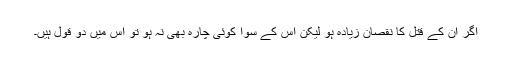
اگر ان کے قتل کا نقصان زیادہ ہو لیکن اس کے سوا کوئی چارہ بھی نہ ہو تو اس میں دو قول ہیں۔